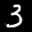
Label: 3